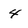
Character: 4